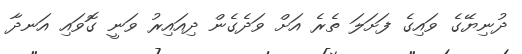
ދުނިޔޭގެ ވައިގެ ފަށަލަ ތެރެ އަށް ވަދެގެން ދިއައިރު ވަނީ ގޮވައި އަނދާ